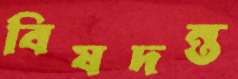
বিষদন্ত